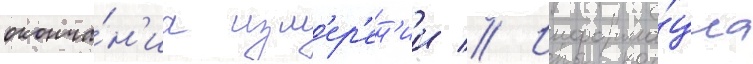
оконча́н'иа изм'ер'ен'ии // Информа́циа